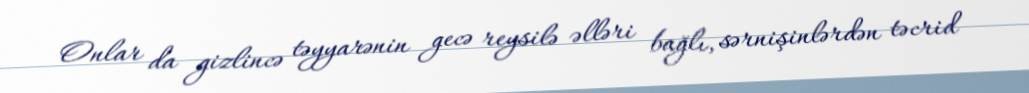
Onlar da gizlincə təyyarənin gecə reysilə əlləri bağlı, sərnişinlərdən təcrid